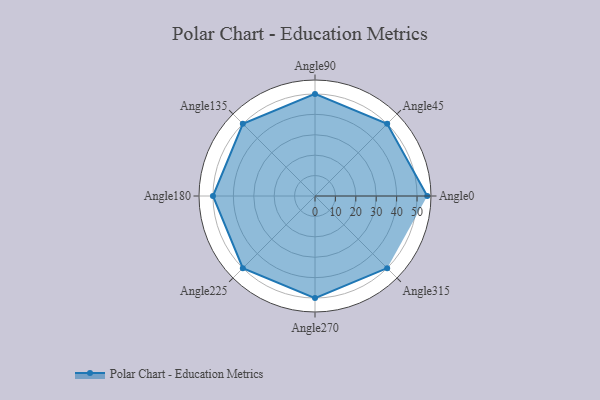
{"axis": {"x": "Angle", "y": "Radius"}, "legend": [""], "data": [{"x": "Angle0", "y": 55.0, "type": ""}, {"x": "Angle45", "y": 50, "type": ""}, {"x": "Angle90", "y": 50, "type": ""}, {"x": "Angle135", "y": 50, "type": ""}, {"x": "Angle180", "y": 50, "type": ""}, {"x": "Angle225", "y": 50, "type": ""}, {"x": "Angle270", "y": 50, "type": ""}, {"x": "Angle315", "y": 50, "type": ""}]}